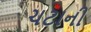
ચટાની